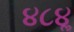
૪૮૪ૢ